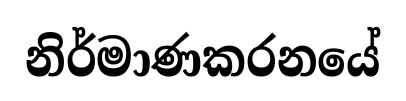
නිර්මාණකරනයේ